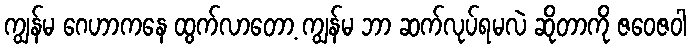
ကျွန်မ ဂေဟာကနေ ထွက်လာတော့ ကျွန်မ ဘာ ဆက်လုပ်ရမလဲ ဆိုတာကို ဇဝေဇဝါ